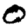
Digit: 0